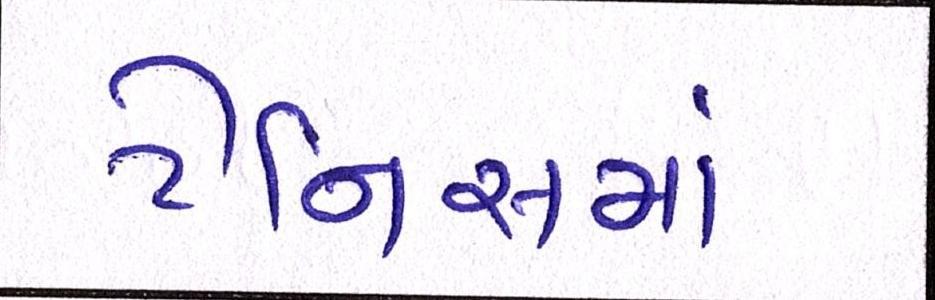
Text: ટેનિસમાં